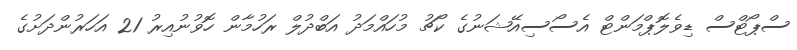
ސްޕޯޓްސް ޑިވެލޮޕްމަންޓް އެސޯސިއޭޝަނުގެ ކޯޗު މުހައްމަދު އަބްދުލް ރަހުމާން ހޮވުނުއިރު 21 އަހަރުންދަށުގެ